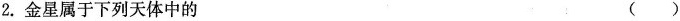
2.金星属于下列天体中的 ( )